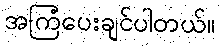
အကြံပေးချင်ပါတယ်။